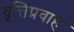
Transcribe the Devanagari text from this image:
वृत्तिप्रवाह